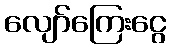
လျော်ကြေးငွေ